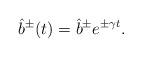
LaTeX: \begin{align*}\hat{b}^\pm(t)=\hat{b}^\pm e^{\pm\gamma t}. \end{align*}